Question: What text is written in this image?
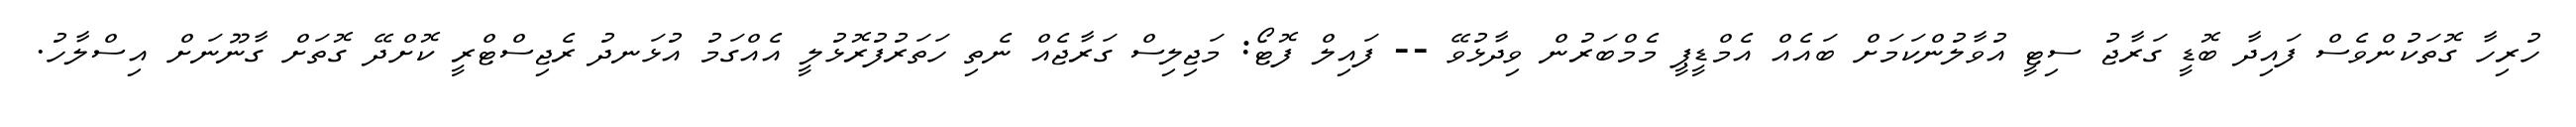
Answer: ހުރިހާ ގޮތަކުންވެސް ފައިދާ ބޮޑީ ގަރާޖު ސިޓީ އުވާލުންކަމަށް ބައެއް އެމްޑީޕީ މެމްބަރުން ވިދާޅުވޭ -- ފައިލް ފޮޓޯ: މަޖިލިސް ގަރާޖެއް ނެތި ހަތަރުފުރޮޅުލީ އެއްގަމު އުޅަނދު ރެޖިސްޓްރީ ކޮށްދޭ ގޮތަށް ގާނޫނަށް އިސްލާހު.